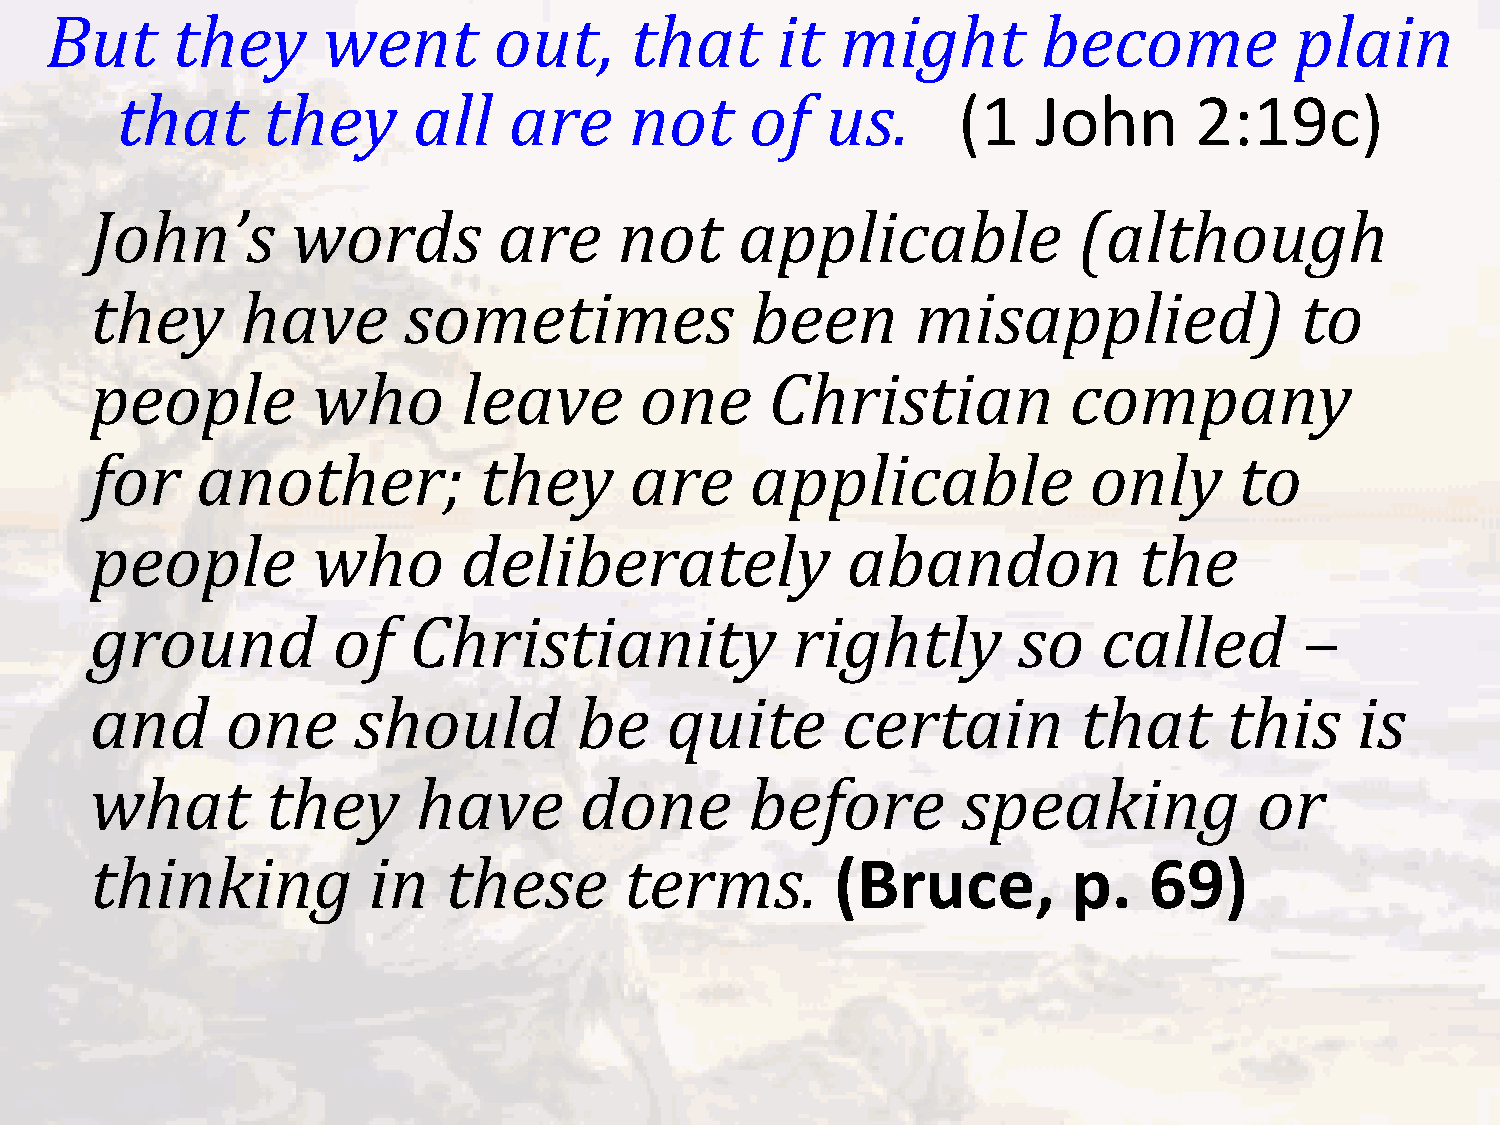
But     they      went        out,     that     it   might        become           plain
 that     they      all    are     not     of   us.     (1    John      2:19c)
 John’s       words         are     not     applicable            (although
 they      have       sometimes              been       misapplied)              to
 people         who       leave      one      Christian           company
 for    another;           they      are     applicable            only      to
 people         who       deliberately             abandon            the
 ground          of   Christianity             rightly        so    called       –
 and      one     should         be    quite       certain        that      this     is
 what        they      have      done        before        speaking           or
 thinking          in   these       terms.        (Bruce,         p.   69)